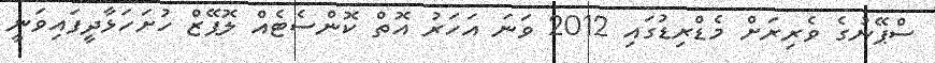
ސްޕޭނުގެ ވެރިރަށް މެޑްރިޑުގައި 2012 ވަނަ އަހަރު އޮތް ކޮންސެޓެއް ލޮޕޭޒް ހުށަހަޅާދީފައިވަނީ